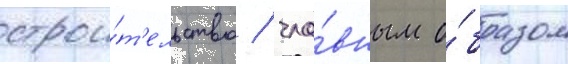
строи́т'ельство / гла́вным о́бразом